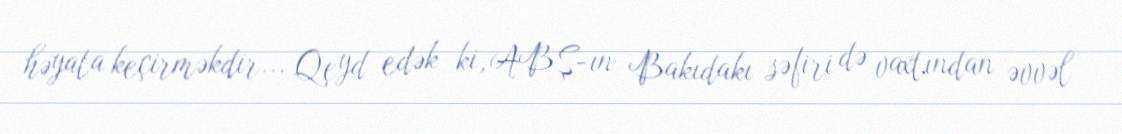
həyata keçirməkdir... Qeyd edək ki, ABŞ-ın Bakıdakı səfiri də vaxtından əvvəl